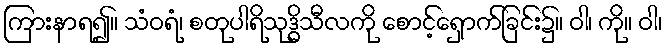
ကြားနာရ၍။ သံဝရံ၊ စတုပါရိသုဒ္ဓိသီလကို စောင့်ရှောက်ခြင်း၌။ ဝါ၊ ကို။ ဝါ၊